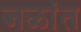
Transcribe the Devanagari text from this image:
जळांत